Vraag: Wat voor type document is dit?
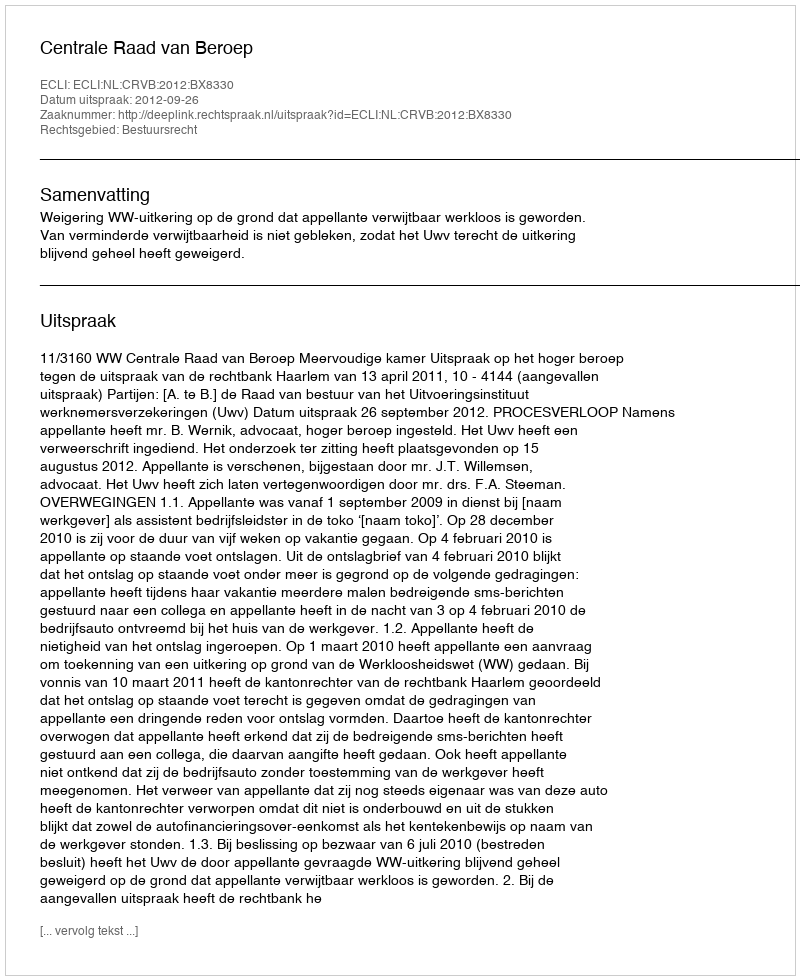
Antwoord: Uitspraak